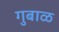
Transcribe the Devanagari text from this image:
गुबाळ